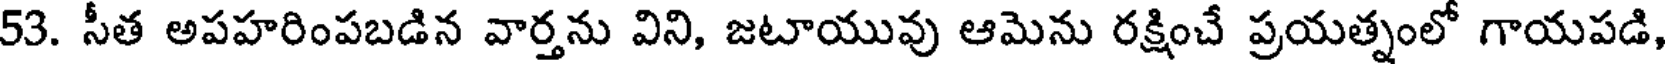
53. సీత అపహరింపబడిన వార్తను విని, జటాయువు ఆమెను రక్షించే ప్రయత్నంలో గాయపడి,